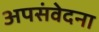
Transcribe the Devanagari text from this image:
अपसंवेदना